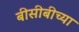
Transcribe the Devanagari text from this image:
बीसीबीच्या